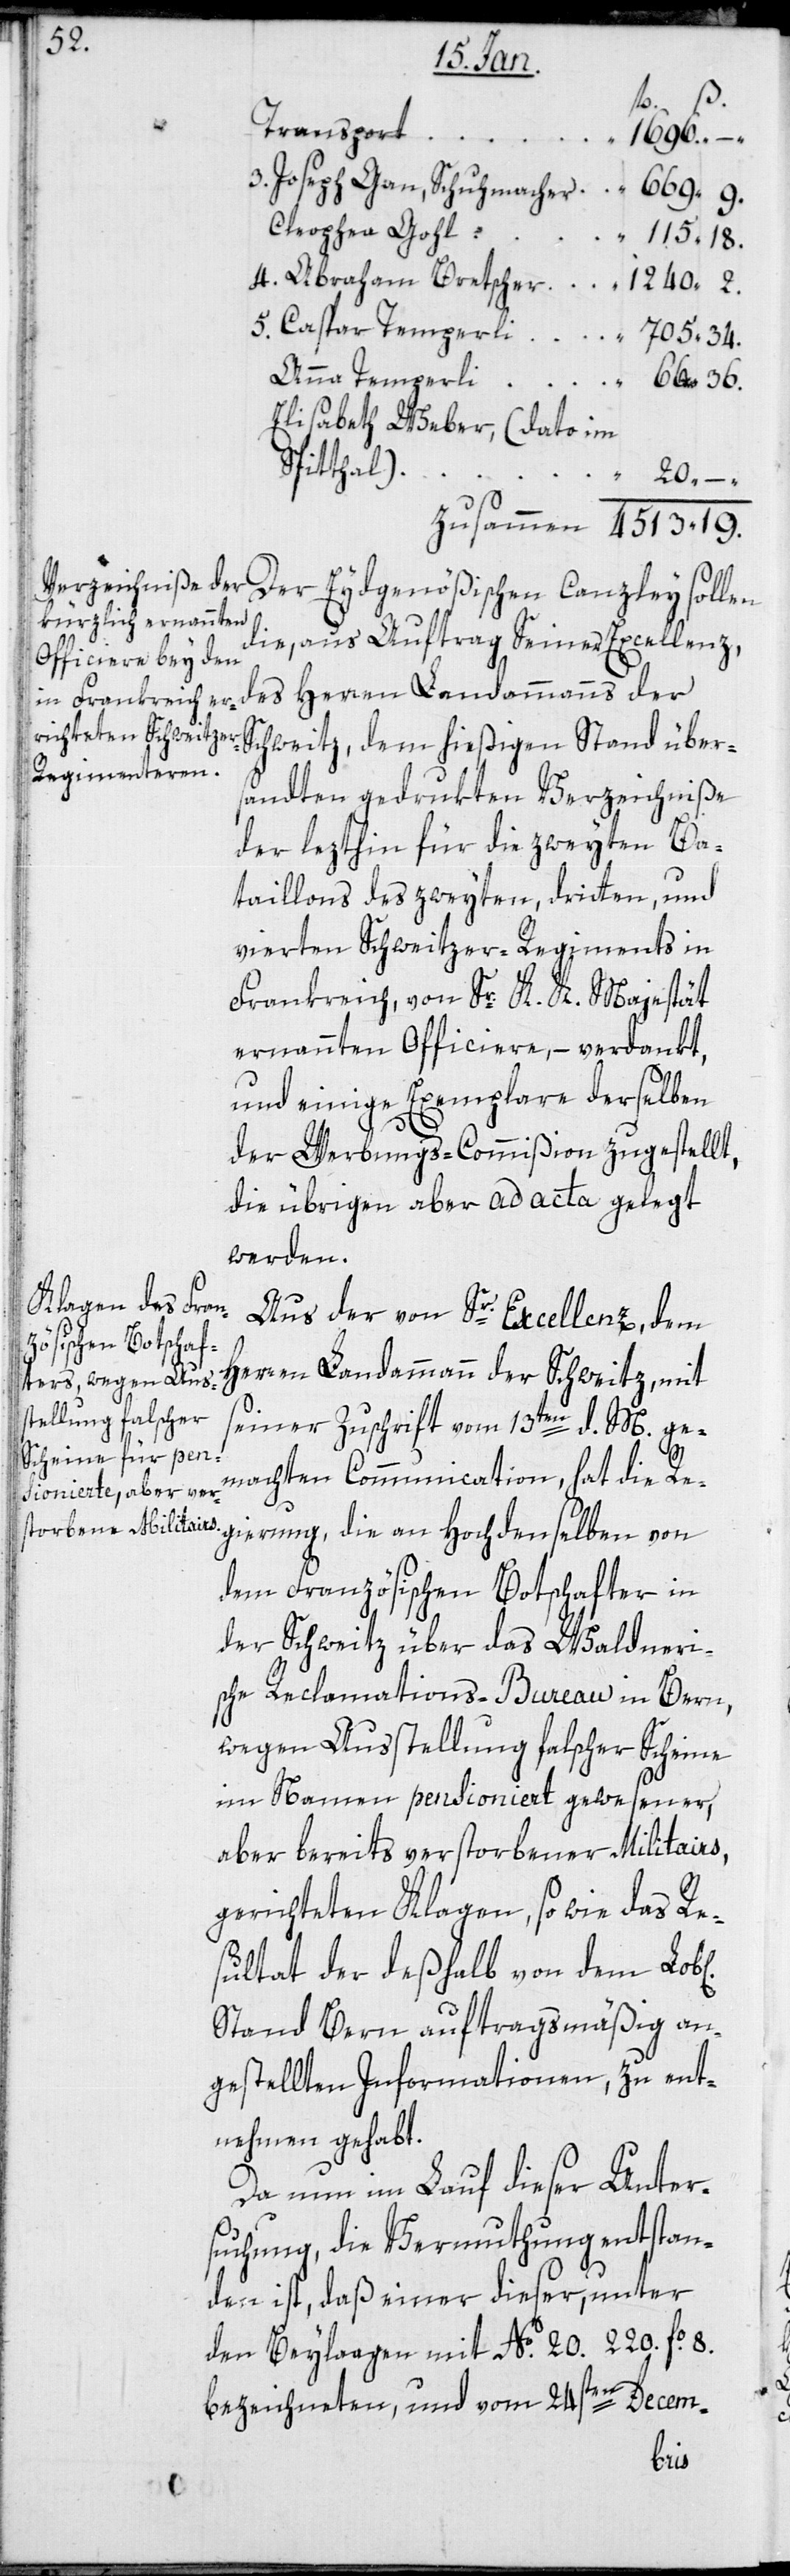
4513.

36.

3. Joseph Gan, Schuhmacher
Cleophea Gohl, “
5. Caspar Temperli
Elisabeth Weber, (dato im
l[ichen]
–.
Der eidgenößischen Canzley sollen
die, aus Auftrag Seiner Excellenz
des Herren Landammanns der
Schweitz, dem hießigen Stand über¬
sandten gedrukten Verzeichniße
der letzthin für die zweyten Ba¬
taillons des zweyten, dritten und
vierten Schweitzer-Regiments in
Frankreich, von Sr. K. K. Majestät
ernannten Officiere, – verdankt,
und einige Exemplare derselben
der Werbungs-Commißion zugestellt,
die übrigen aber ad acta gelegt
werden.
Aus der von Sr. Excellenz dem
Herren Landammann der Schweitz, mit
seiner Zuschrift vom 13ten d. M. ge¬
machten Communication, hat die Re¬
gierung, die an Hochdenselben von
dem Französischen Botschafter in
der Schweitz über das Waldneri¬
sche Reclamations-Bureau in Bern,
wegen Ausstellung falscher Scheine
im Namen pensioniert gewesener,
aber bereits verstorbener Militairs,
gerichteten Klagen, sowie das Re¬
sultat der deßhalb von dem Lob¬
Stand Bern auftragsmäßig an¬
gestellten Informationen, zu ent¬
nehmen gehabt.
Da nun im Lauf dieser Unter¬
suchung die Vermuthung entstan¬
den ist, daß einer dieser, unter
den Beylagen mit № 20. 220. fo. 8.
bezeichneten, und vom 24sten Decem-